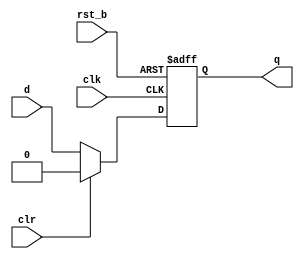
module bist(
  input clk,
  input rst_b,
  input clr,
  input d,
  output reg q);
  
  always @ (posedge clk, negedge rst_b)
        if (!rst_b)                 q <= 0;
        else if (clr)               q <= 0;
        else                        q <= d;
endmodule

module rgst_no_shift #(
    parameter w=16
)(
    input clk,
    input rst_b, 
    input clr,
    input [w-1:0] d,
    output wire [w-1:0] q
);
    genvar i;
    generate
      for (i = 0; i < w; i = i + 1) begin
        bist bist(
          .clk(clk),
          .rst_b(rst_b),
          .clr(clr),
          .d(d[i]),
          .q(q[i])
        );
      end 
    endgenerate
endmodule


module cacheLine(
  input wire clk,
  input wire rst_b,
  input wire v,
  input wire d,
  input wire [511:0]blk,
  input wire [18:0]tag,
  output wire [18:0]tago,
  output wire [511:0]blko,
  output wire vo,
  output wire do
  );
  
  rgst_no_shift #(.w(512)) blk_reg(.d(blk), .q(blko), .clk(clk), .rst_b(rst_b),.clr(1'd0));
  rgst_no_shift #(.w(19)) tag_reg(.d(tag), .q(tago), .clk(clk), .rst_b(rst_b),.clr(1'd0));
  bist bistV(
          .clk(clk),
          .rst_b(rst_b),
          .clr(1'd0),
          .d(v),
          .q(vo)
        );
  bist bistD(
          .clk(clk),
          .rst_b(rst_b),
          .clr(1'd0),
          .d(d),
          .q(do)
        );
  
  
  /*
  wire [511:0]wb0; //wire block 0
  rgst_no_shift #(.w(512)) blk_reg0(.d(blk), .q(wb0), .clk(clk), .rst_b(rst_b));
  wire [18:0]wt0; //wire tag 0
  rgst_no_shift #(.w(19)) tag_reg0(.d(tag), .q(wt0), .clk(clk), .rst_b(rst_b));
  wire wte0; //wire tag equal with tag 0
  equal #(.w(19)) mte0(.a(tag),.b(wt0),.x(wte0));
  
  wire [511:0]wb1;
  rgst_no_shift #(.w(512)) blk_reg1(.d(blk), .q(wb1), .clk(clk), .rst_b(rst_b));
  wire [18:0]wt1; 
  rgst_no_shift #(.w(19)) tag_reg1(.d(tag), .q(wt1), .clk(clk), .rst_b(rst_b));
  wire wte1;
  equal #(.w(19)) mte1(.a(tag),.b(wt1),.x(wte1));
  
  wire [511:0]wb2;
  rgst_no_shift #(.w(512)) blk_reg2(.d(blk), .q(wb2), .clk(clk), .rst_b(rst_b));
  wire [18:0]wt2;
  rgst_no_shift #(.w(19)) tag_reg2(.d(tag), .q(wt2), .clk(clk), .rst_b(rst_b));
  wire wte2;
  equal #(.w(19)) mte3(.a(tag),.b(wt2),.x(wte2));
  
  wire [511:0]wb3;
  rgst_no_shift #(.w(512)) blk_reg3(.d(blk), .q(wb3), .clk(clk), .rst_b(rst_b));
  wire [18:0]wt3; 
  rgst_no_shift #(.w(19)) tag_reg3(.d(tag), .q(wt33), .clk(clk), .rst_b(rst_b));
  wire wte3;
  equal #(.w(19)) mte3(.a(tag),.b(wt3),.x(wte3));
  
  mux_4 #(.w(511)) mblk (.d0(wb0), .d1(wb1), .d2(wb2), .d3(wb3), .s({wte3 | wte4, wte4 | wte1}), .q(blko));
  assign v = wte3 | wte2 | wte1 |wte0;
  
  wire [1:0]c_oldest;
  wire [1:0]oldest;
  wire [1:0]updated;
  wire [1:0]c_updated;
  rgst_no_shift #(.w(2)) old_reg(.d(oldest), .q(c_oldest), .clk(clk), .rst_b(rst_b));
  
  mux_2
  rgst_no_shift #(.w(2)) update_reg(.d(updated), .q(updated), .clk(clk), .rst_b(rst_b));
  LRU LRU(
    .clk(clk),
    .rst_b(rst_b),
    .updated(updated),
    .oldest(oldest)
    );*/

endmodule